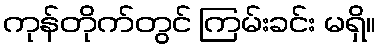
ကုန်တိုက်တွင် ကြမ်းခင်း မရှိ။